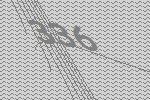
336